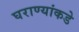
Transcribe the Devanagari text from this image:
घराण्यांकडे